Report of the Indian Hemp Drugs Commission, 1894-1895 - Volume VI
Year: 1894
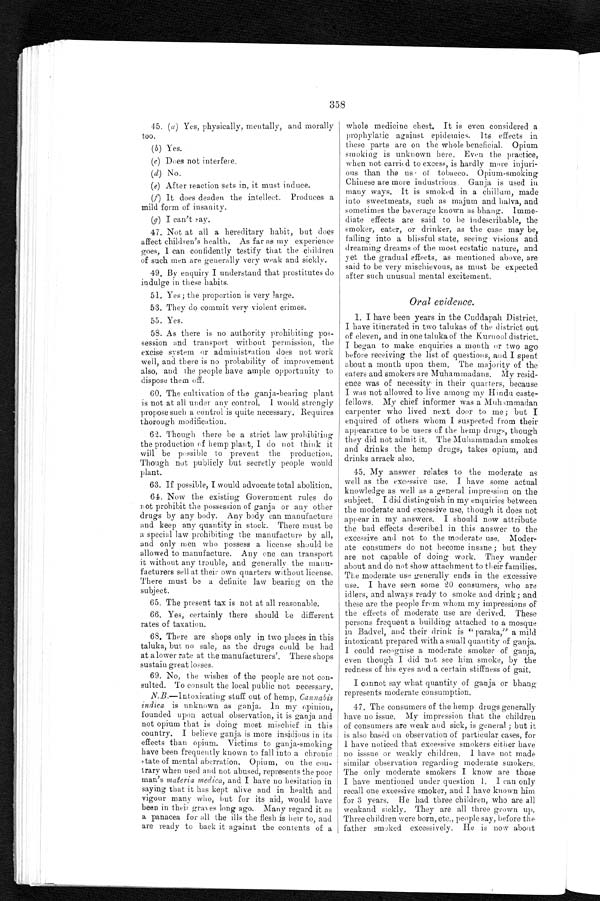
358
45. (a) Yes, physically, mentally, and morally
too.
(b) Yes.
(c) Does not interfere.
(d) N o.
(e) After reaction sets in, it must induce.
(f) It does deaden the intellect. Produces a
mild form of insanity.
(g) I can't say.
47. Not at all a hereditary habit, but does
affect children's health. As far as my experience
goes, I can confidently testify that the children
of such men are generally very weak and sickly.
49, By enquiry I understand that prostitutes do
indulge in these habits.
51. Yes; the proportion is very large.
53. They do commit very violent crimes.
55. Yes.
58. As there is no authority prohibiting pos-
session and transport without permission, the
excise system or administration does not work
well, and there is no probability of improvement
also, and the people have ample opportunity to
dispose them off.
60. The cultivation of the ganja-bearing plant
is not at all under anv control. I would strongly
propose such a control is quite necessary. Requires
thorough modification.
62. Though there be a strict law prohibiting
the production of hemp plant, I do not think it
will be possible to prevent the production.
Though not publicly but secretly people would
plant.
63. If possible, I would advocate total abolition.
64. Now the existing Government rules do
not prohibit the possession of ganja or any other
drugs by any body. Any body can manufacture
and keep any quantity in stock. There must be
a special law prohibiting the manufacture by all,
and only men who possess a license should be
allowed to manufacture. Any one can transport
it without any trouble, and generally the manu-
facturers sell at their own quarters without license.
There must be a definite law bearing on the
subject.
65. The present tax is not at all reasonable.
66. Yes, certainly there should be different
rates of taxation.
68. There are shops only in two places in this
taluka, but, no sale, as the drugs could be had
at a lower rate at the manufacturers'. These shops
sustain great losses.
69. No, the wishes of the people are not con-
sulted. To consult the local public not necessary.
N.B .—Intoxicating stuff out of hemp, Cannabis
indica is unknown as ganja. Ink my opinion,
founded upon actual observation, it is ganja and
not opium that is doing most mischief in this
country. I believe ganja is more insidious in its
e f f e c t s t h a n o p i u m . V i c t i m s t o g a n j a – s m o k i n g h a v e b e e n f r e q u e n t l y k n o w n t o f a l l i n t o a c h r o n i c
state of mental aberration. Opium, on the con-
trary when used and not abused, represents the poor
man's materia medica, and I have no hesitation in
saying that it has kept alive and in health and
vigour many who, but for its aid, would have
been in their graves long ago. Many regard it as
a panacea for all the ills the flesh is heir to, and
are ready to back it against the contents of a
whole medicine chest It is even considered a
prophylatic against epidemics. Its effects in
these parts are on the whole beneficial. Opium
smoking is unknown here. Even the practice,
when not carried to excess, is hardly more injuri-
ous than the us of tobacco. Opium-smoking
Chinese are more industrious. Ganja is used in
many ways. it is smoked in a chillum, made
into sweetmeats, such as majum and halva, and
sometimes the beverage known as bhang. Imme-
diate effects are said to be indescribable, the
smoker, eater, or drinker, as the case may be,
falling into a blissful state, seeing visions and
dreaming dreams of the most ecstatic nature, and
yet the gradual effects, as mentioned above, are
said to be very mischievous, as must be expected
after such unusual mental excitement.
Oral evidence.
1. I have been years in the Cuddapab District.
I have itinerated in two talukas of the district out
of eleven, and in one taluka of the Kurnool district.
I began to make enquiries a month or two ago
before receiving the list of questions, and I spent
about a mouth upon them. The majority of the
eaters and smokers are Muhammadans. My resid-
ence was of necessary in their quarters, because
I was not allowed to live among my Hindu caste-
fellows. My chief informer was a Muhammadan
carpenter who lived next door to me; but I
enquired of others whom I suspected from their
appearances to be users of the hemp drugs, though
they did not admit it. The Muhammadan smokes
and drinks the hemp drugs, takes opium, and
drinks arrack also.
45. My answer relates to the moderate as
well as the excessive use. I have some actual
knowledge as well as a general impression on the
subject. I did distinguish in my enquiries between
the moderate and excessive use, though it does not
appear in my answers. I should now attribute
the bad effects described in this answer to the
excessive and not to the moderate use. Moder-
ate consumers do not become insane ; but they
are not capable of doing work. They wander
about and do not show attachment to their families.
The moderate use generally ends in the excessive
use. I have seen some 20 consumers, who are
idlers, and always ready to smoke and drink; and
these are the people from whom my impressions of
the effects of moderate use are derived. These
persons frequent a building attached to a mosque
in Badvel, and their drink is " paraka" a mild
intoxicant prepared with a small quantity of ganja.
I could recognise a moderate smoker of ganja,
even though I did not see him smoke, by the
redness of his eyes and a certain stiffness of gait.
I cannot say what quantity of ganja or Chang
represents moderate consumption.
47. The consumers of the hemp drugs generally
have no issue. My impression that the children
of consumers are weak and sick, is general ; but its
is also basėd on observation of particular cases, for
I have noticed that excessive smokers either have
no issue or weakly children. I have not made
similar observation regarding moderate smokers.
The only moderate smokers I know are those
I have mentioned under question 1. I can only
recall one excessive smoker, and I have known him
for 3 years. He had three children, who are all
weakand sickly. They are all three grown up.
Three children were born, etc., people say, before the
father smoked excessively. He is now about